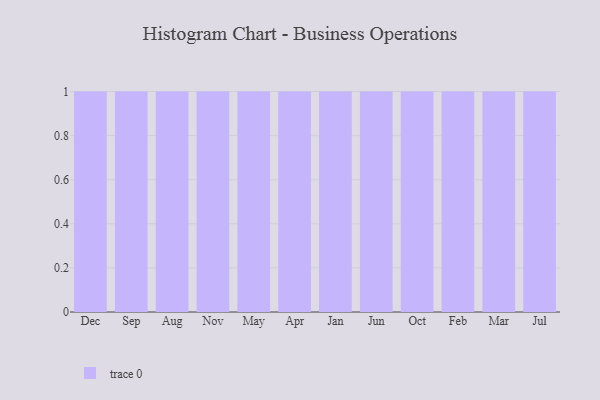
{"axis": {"x": "Month", "y": "Website Visitors"}, "legend": [""], "data": [{"x": "Dec", "y": 26, "type": ""}, {"x": "Sep", "y": 78, "type": ""}, {"x": "Aug", "y": 40, "type": ""}, {"x": "Nov", "y": 45, "type": ""}, {"x": "May", "y": 67, "type": ""}, {"x": "Apr", "y": 55, "type": ""}, {"x": "Jan", "y": 28, "type": ""}, {"x": "Jun", "y": 68, "type": ""}, {"x": "Oct", "y": 5, "type": ""}, {"x": "Feb", "y": 71, "type": ""}, {"x": "Mar", "y": 49, "type": ""}, {"x": "Jul", "y": 97, "type": ""}]}